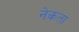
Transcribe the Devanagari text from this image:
नेकता